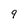
Character: 9